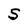
Character: S